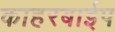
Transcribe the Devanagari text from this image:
काहरबाईप